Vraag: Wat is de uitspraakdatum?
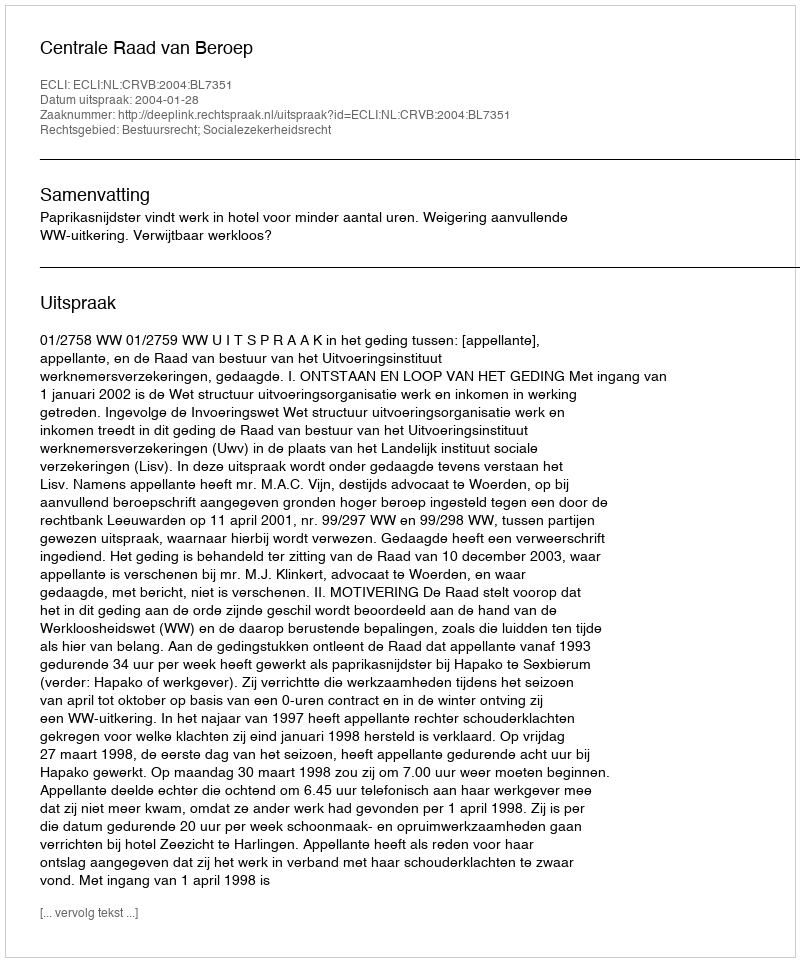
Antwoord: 2004-01-28